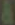
&